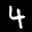
Label: 4